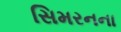
સિમરનના